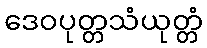
ဒေဝပုတ္တသံယုတ္တံ